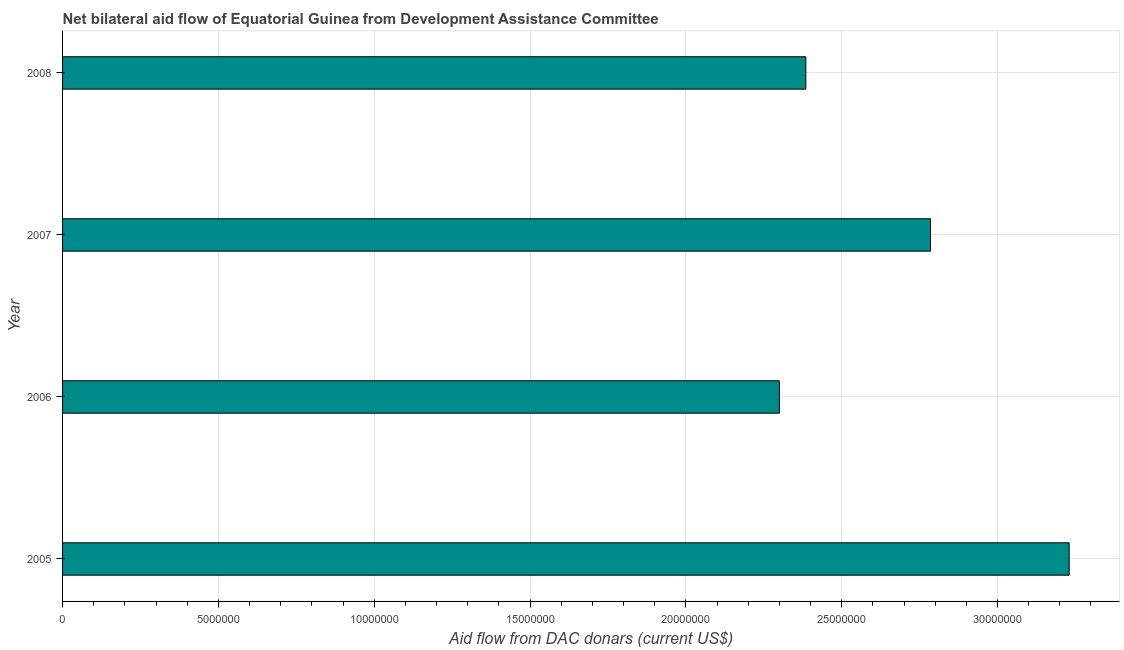
| Year | Net bilateral aid flows from DAC donors |
 | --- | --- |
 | 2005 | 3.23e+07 |
 | 2006 | 2.3e+07 |
 | 2007 | 2.78e+07 |
 | 2008 | 2.38e+07 |